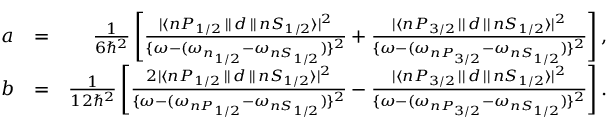
\begin{array} { r l r } { a } & { = } & { \frac { 1 } { 6 \hbar ^ { 2 } } \left[ \frac { | \langle n P _ { 1 / 2 } \, | | \, d \, | | \, n S _ { 1 / 2 } \rangle | ^ { 2 } } { \{ \omega - ( \omega _ { n _ { 1 / 2 } } - \omega _ { n S _ { 1 / 2 } } ) \} ^ { 2 } } + \frac { | \langle n P _ { 3 / 2 } \, | | \, d \, | | \, n S _ { 1 / 2 } \rangle | ^ { 2 } } { \{ \omega - ( \omega _ { n P _ { 3 / 2 } } - \omega _ { n S _ { 1 / 2 } } ) \} ^ { 2 } } \right] , } \\ { b } & { = } & { \frac { 1 } { 1 2 \hbar ^ { 2 } } \left[ \frac { 2 | \langle n P _ { 1 / 2 } \, | | \, d \, | | \, n S _ { 1 / 2 } \rangle | ^ { 2 } } { \{ \omega - ( \omega _ { n P _ { 1 / 2 } } - \omega _ { n S _ { 1 / 2 } } ) \} ^ { 2 } } - \frac { | \langle n P _ { 3 / 2 } \, | | \, d \, | | \, n S _ { 1 / 2 } \rangle | ^ { 2 } } { \{ \omega - ( \omega _ { n P _ { 3 / 2 } } - \omega _ { n S _ { 1 / 2 } } ) \} ^ { 2 } } \right] . } \end{array}